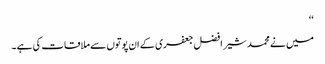
‘‘
میں نے محمد شیر افضل جعفری کے ان پوتوں سے ملاقات کی ہے۔